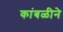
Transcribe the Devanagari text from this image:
कांबळीने